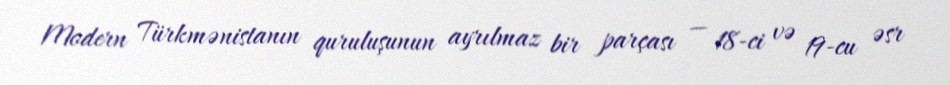
Modern Türkmənistanın quruluşunun ayrılmaz bir parçası — 18-ci və 19-cu əsr